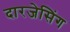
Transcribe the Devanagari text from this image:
दारजेसिंग